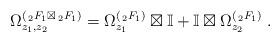
LaTeX: \begin{align*} \Omega^{(\,_2F_1 \boxtimes \,_2F_1)}_{z_1,z_2} = \Omega^{(\,_2F_1)}_{z_1} \boxtimes \mathbb{I} + \mathbb{I} \boxtimes \Omega^{(\,_2F_1)}_{z_2} \;.\end{align*}